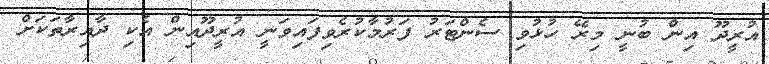
އުރީދޫ އިން ބުނީ މިރޭ ހުޅުވި ސެންޓަރު ފަރުމާކުރެވިފައިވަނީ އުރީދޫއިން އެކި ދާއިރާތަކަށް